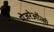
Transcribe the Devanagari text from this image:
मेज़रेओंत्सी